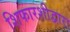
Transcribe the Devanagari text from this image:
शिफारशीद्वारा